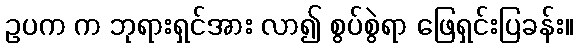
ဥပက က ဘုရားရှင်အား လာ၍ စွပ်စွဲရာ ဖြေရှင်းပြခန်း။